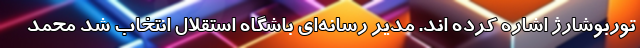
توربوشارژ اشاره کرده اند. مدیر رسانه‌ای باشگاه استقلال انتخاب شد محمد